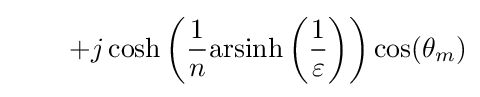
\qquad +j\cosh \left({\frac {1}{n}}\mathrm {arsinh} \left({\frac {1}{\varepsilon }}\right)\right)\cos(\theta _{m})